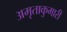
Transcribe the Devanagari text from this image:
अमृताकुमारी